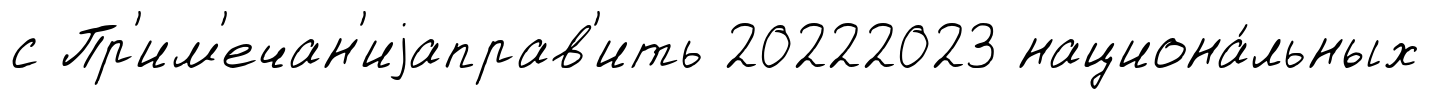
с Пр'им'ечан'иjаправ'ить 20222023 национа́льных